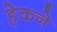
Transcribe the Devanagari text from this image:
हेकने